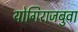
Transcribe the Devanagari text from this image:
योगिराजबुवा